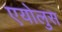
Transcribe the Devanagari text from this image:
एयोलुस